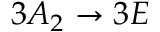
3 A _ { 2 } \rightarrow 3 E